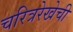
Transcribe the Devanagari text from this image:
चरित्ररेखेची